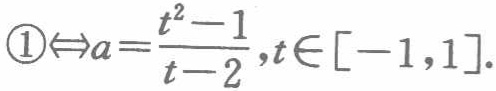
\(\textcircled{1}\Leftrightarrow a = \frac{t^{2}-1}{t - 2},t\in[-1,1].\)